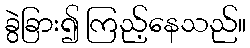
ခွဲခြား၍ ကြည့်နေသည်။